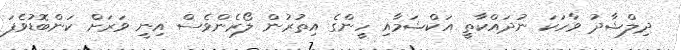
ދިލްޝާދު ވާހަކަ ނުދައްކާތީ އަކްޝަމާއި ހީންގެ އިތުރުން ލޯރެންވެސް އިނީ ވަރަށް ކަންބޮޑުވެފަ